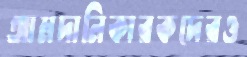
আমদানিকারকদেরও